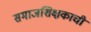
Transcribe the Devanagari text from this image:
समाजशिक्षकाची